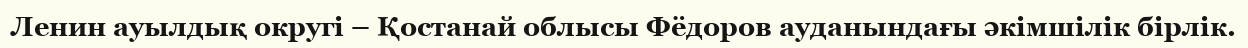
Ленин ауылдық округі – Қостанай облысы Фёдоров ауданындағы әкімшілік бірлік.